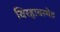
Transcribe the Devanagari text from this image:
विरहावस्थेत